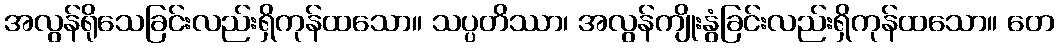
အလွန်ရိုသေခြင်းလည်းရှိကုန်ထသော။ သပ္ပတိဿာ၊ အလွန်ကျိုးနွံခြင်းလည်းရှိကုန်ထသော။ တေ